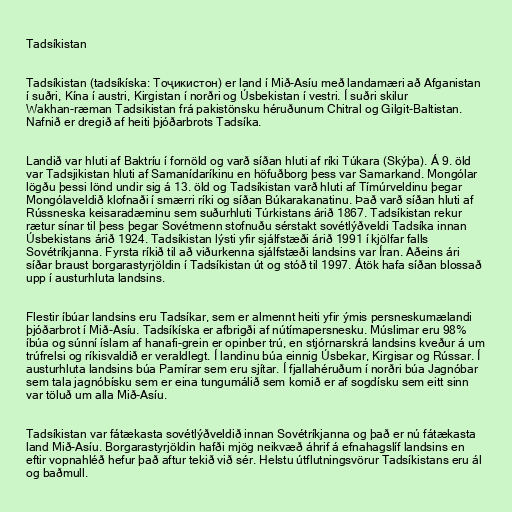
Tadsíkistan

Tadsíkistan (tadsíkíska: Тоҷикистон) er land í Mið-Asíu með landamæri að Afganistan
í suðri, Kína í austri, Kirgistan í norðri og Úsbekistan í vestri. Í suðri skilur
Wakhan-ræman Tadsikistan frá pakistönsku héruðunum Chitral og Gilgit-Baltistan.
Nafnið er dregið af heiti þjóðarbrots Tadsíka.

Landið var hluti af Baktríu í fornöld og varð síðan hluti af ríki Túkara (Skýþa). Á 9. öld
var Tadsjikistan hluti af Samanídaríkinu en höfuðborg þess var Samarkand. Mongólar
lögðu þessi lönd undir sig á 13. öld og Tadsíkistan varð hluti af Tímúrveldinu þegar
Mongólaveldið klofnaði í smærri ríki og síðan Búkarakanatinu. Það varð síðan hluti af
Rússneska keisaradæminu sem suðurhluti Túrkistans árið 1867. Tadsíkistan rekur
rætur sínar til þess þegar Sovétmenn stofnuðu sérstakt sovétlýðveldi Tadsíka innan
Úsbekistans árið 1924. Tadsíkistan lýsti yfir sjálfstæði árið 1991 í kjölfar falls
Sovétríkjanna. Fyrsta ríkið til að viðurkenna sjálfstæði landsins var Íran. Aðeins ári
síðar braust borgarastyrjöldin í Tadsíkistan út og stóð til 1997. Átök hafa síðan blossað
upp í austurhluta landsins.

Flestir íbúar landsins eru Tadsíkar, sem er almennt heiti yfir ýmis persneskumælandi
þjóðarbrot í Mið-Asíu. Tadsíkíska er afbrigði af nútímapersnesku. Múslimar eru 98%
íbúa og súnní íslam af hanafi-grein er opinber trú, en stjórnarskrá landsins kveður á um
trúfrelsi og ríkisvaldið er veraldlegt. Í landinu búa einnig Úsbekar, Kirgisar og Rússar. Í
austurhluta landsins búa Pamírar sem eru sjítar. Í fjallahéruðum í norðri búa Jagnóbar
sem tala jagnóbísku sem er eina tungumálið sem komið er af sogdísku sem eitt sinn
var töluð um alla Mið-Asíu.

Tadsíkistan var fátækasta sovétlýðveldið innan Sovétríkjanna og það er nú fátækasta
land Mið-Asíu. Borgarastyrjöldin hafði mjög neikvæð áhrif á efnahagslíf landsins en
eftir vopnahléð hefur það aftur tekið við sér. Helstu útflutningsvörur Tadsíkistans eru ál
og baðmull.